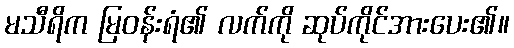
မသီရိက မြဝန်းရံ၏ လက်ကို ဆုပ်ကိုင်အားပေး၏။